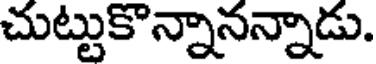
చుట్టుకొన్నానన్నాడు.